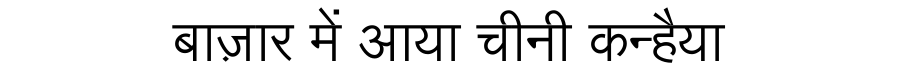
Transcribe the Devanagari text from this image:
बाज़ार में आया चीनी कन्हैया